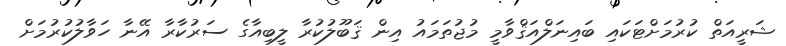
ޝަރީއަތް ކުރުމަށްޓަކައި ބައިނަލްއަޤްވާމީ މުޖުތަމައު އިން ޤަބޫލުކުރާ ލީބިއާގެ ސަރުކާރާ އޭނާ ހަވާލުކުރުމަށް